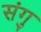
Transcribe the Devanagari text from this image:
संगु